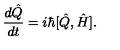
\frac { d \hat { Q } } { d t } = i \hbar [ \hat { Q } , \hat { H } ] .